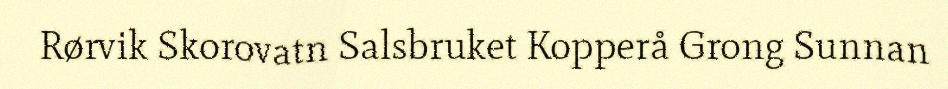
Rørvik Skorovatn Salsbruket Kopperå Grong Sunnan